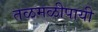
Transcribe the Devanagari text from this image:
तळमळीपायी